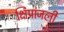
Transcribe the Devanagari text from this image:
क्षिप्रांजली